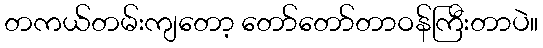
တကယ်တမ်းကျတော့ တော်တော်တာဝန်ကြီးတာပဲ။